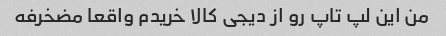
من این لپ تاپ رو از دیجی کالا خریدم واقعا مضخرفه